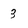
Character: 3